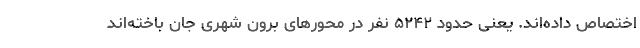
اختصاص داده‌اند. یعنی حدود ۵۲۴۲ نفر در محورهای برون شهری جان باخته‌اند